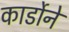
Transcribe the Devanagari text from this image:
कार्डोने